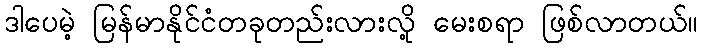
ဒါပေမဲ့ မြန်မာနိုင်ငံတခုတည်းလားလို့ မေးစရာ ဖြစ်လာတယ်။